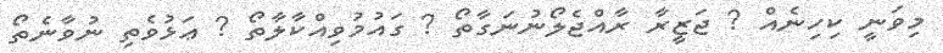
މިވަނީ ކިހިނެއް ? ޖަޒީރާ ރާއްޖެލޯނުނަގާތޯ ? ގައުމުވިއްކާލާތޯ ? ޢަޅުވެތި ނުވާނެތޯ